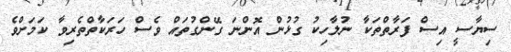
ސިޔާސީ އިސް ފަރާތްތަކާ ނުލާހިކު ގުޅުން އޮންނަ ގޭންގުތައް ވެސް ހަރަކާތްތެރިވާ ކަމަށްވެ